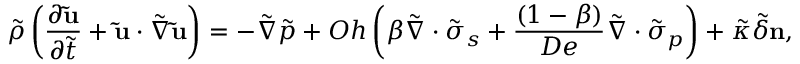
\Tilde { \rho } \left( \frac { \partial \mathbf { \Tilde { u } } } { \partial \Tilde { t } } + \mathbf { \Tilde { u } } \cdot \Tilde { \boldsymbol { \nabla } } \mathbf { \Tilde { u } } \right) = - \Tilde { \boldsymbol { \nabla } } \Tilde { p } + O h \left( \beta \Tilde { \boldsymbol { \nabla } } \cdot \boldsymbol { \Tilde { \sigma } } _ { s } + \frac { \left( 1 - \beta \right) } { D e } \Tilde { \boldsymbol { \nabla } } \cdot \boldsymbol { \Tilde { \sigma } } _ { p } \right) + \Tilde { \kappa } \Tilde { \delta } \mathbf { n } ,